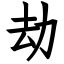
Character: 劫